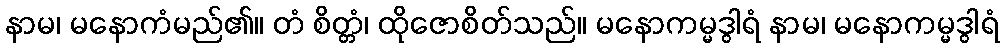
နာမ၊ မနောကံမည်၏။ တံ စိတ္တံ၊ ထိုဇောစိတ်သည်။ မနောကမ္မဒွါရံ နာမ၊ မနောကမ္မဒွါရံ